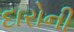
દારોની